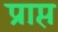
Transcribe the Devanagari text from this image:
प्राप्त